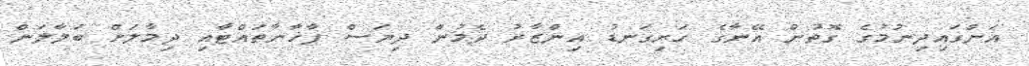
އަންގައިދިނުމުގެ ގޮތުން އޭނާގެ ހަށިގަނޑު އިންޒާރު ދެމުން ދިޔަސް ފާޚާނާތައްޓާއި ދިމާލަށް ބަލާލަން